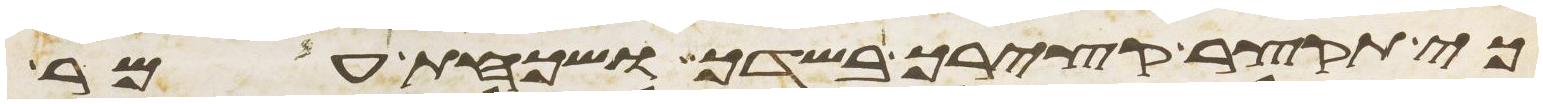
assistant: כי תקצר קצירך בשדך ושכחת עמר